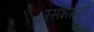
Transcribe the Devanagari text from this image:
रसभंगपूर्ण